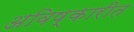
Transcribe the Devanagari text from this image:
अविष्कारीत